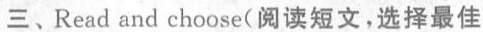
三、Read and choose(阅读短文,选择最佳